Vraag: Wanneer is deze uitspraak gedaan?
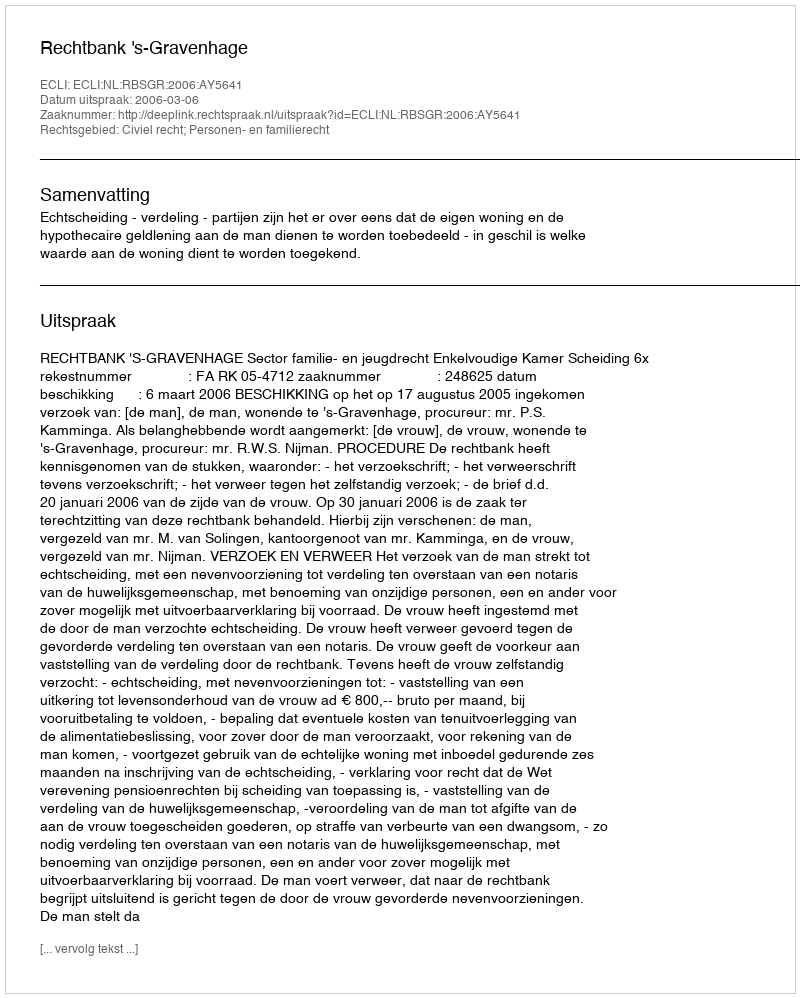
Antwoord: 2006-03-06